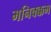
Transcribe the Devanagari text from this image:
मनिक्क्कम